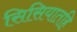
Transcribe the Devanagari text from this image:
सिसियातहि